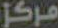
مركز